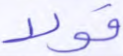
قولا